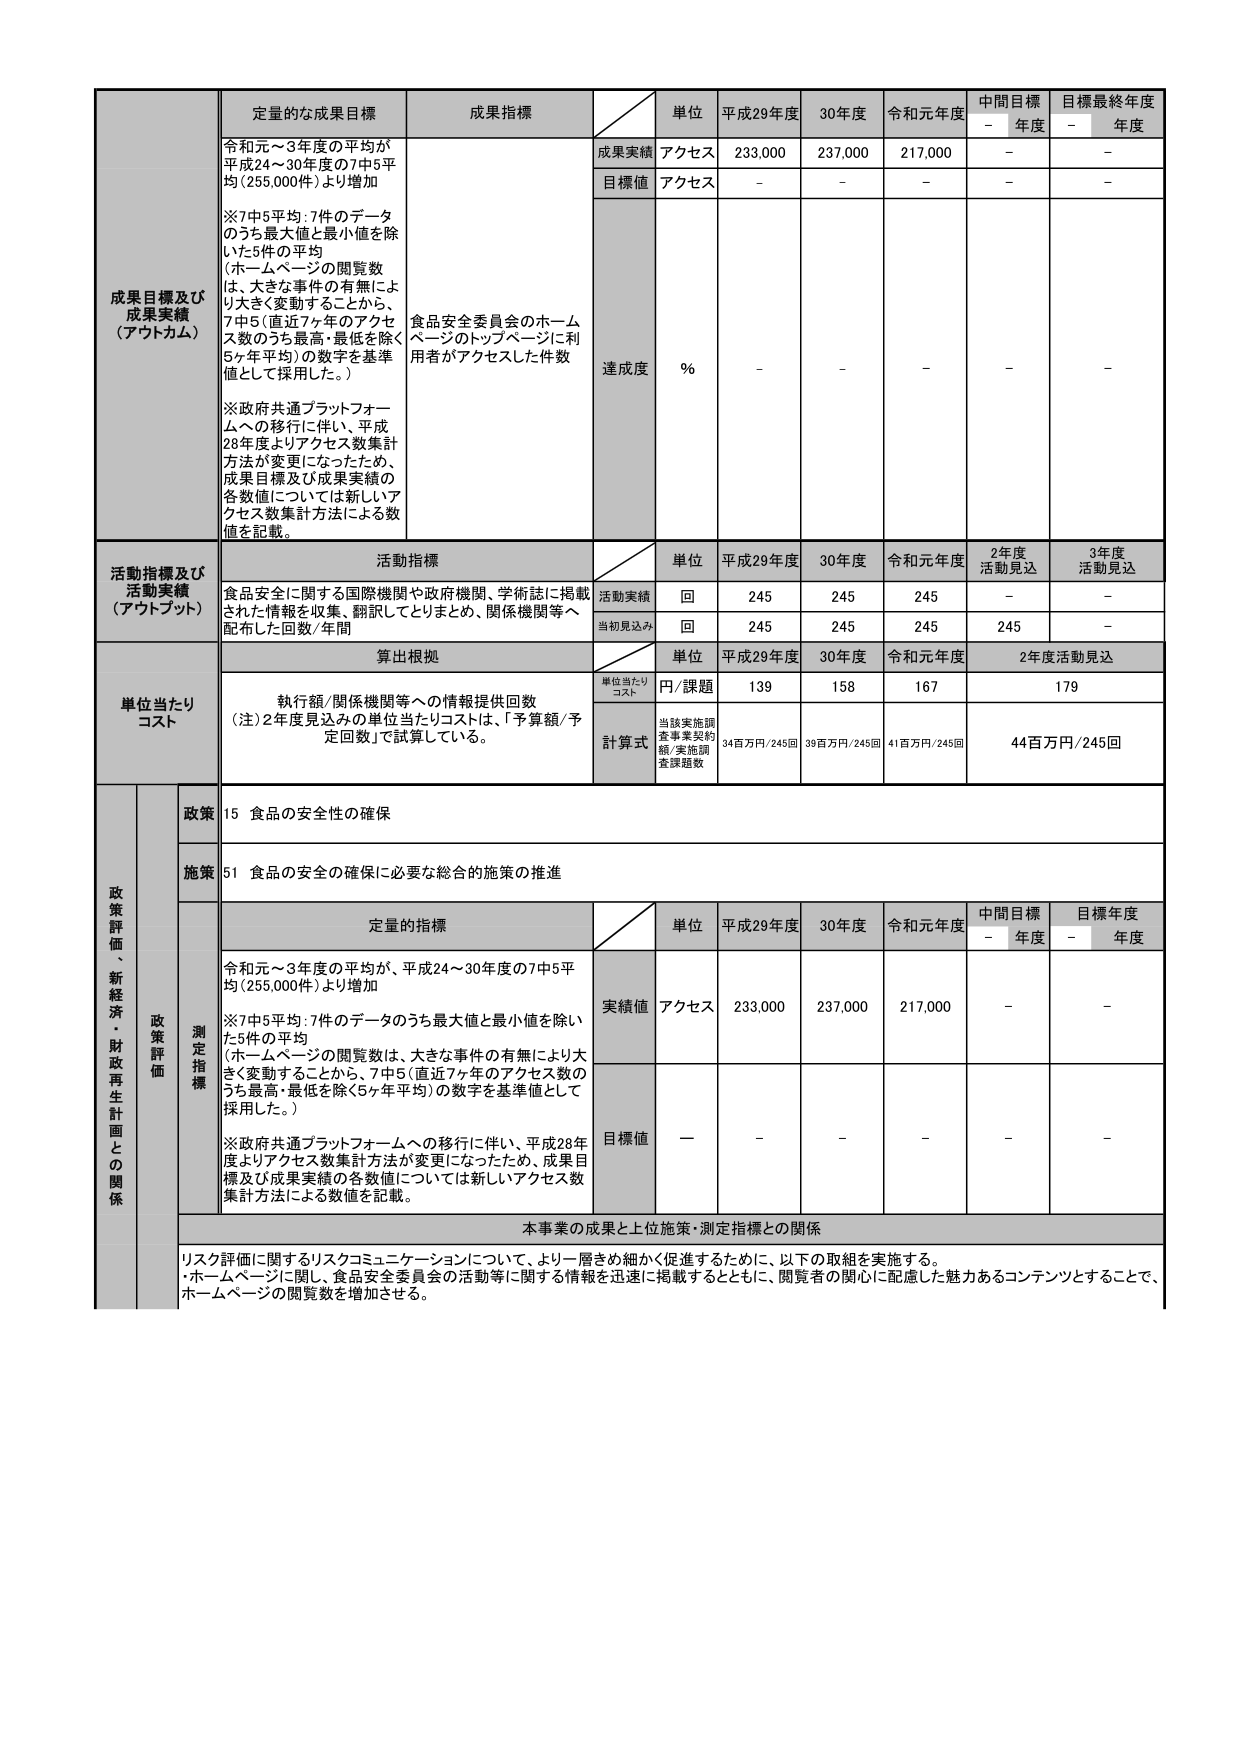
成果目標及び成果実績（アウトカム）
定量的な成果目標
成果指標
単位
平成29年度
30年度
令和元年度
中間目標年度
目標最終年度年度

令和元～3年度の平均が平成24～30年度の7中5平均（255,000件）より増加
※7中5平均：7件のデータのうち最大値と最小値を除いた5件の平均（ホームページの閲覧数は、大きな事件の有無により大きく変動することから、7中5（直近7ヶ年のアクセス数のうち最高・最低を除く5ヶ年平均）の数字を基準値として採用した。）
※政府共通プラットフォームへの移行に伴い、平成28年度よりアクセス数集計方法が変更になったため、成果目標及び成果実績の各数値については新しいアクセス数集計方法による数値を記載。

食品安全委員会のホームページのトップページに利用者がアクセスした件数

成果実績
アクセス
233,000
237,000
217,000
－
－

目標値
アクセス
－
－
－
－
－

達成度
%
－
－
－
－
－

活動指標及び活動実績（アウトプット）
活動指標
単位
平成29年度
30年度
令和元年度
2年度活動見込
3年度活動見込

食品安全に関する国際機関や政府機関、学術誌に掲載された情報を収集、翻訳してとりまとめ、関係機関等へ配布した回数/年間

活動実績
回
245
245
245
－
－

当初見込み
回
245
245
245
245
－

単位当たりコスト
算出根拠
単位当たりコスト
円/課題
139
158
167
179

計算式
当該実施調査事業契約額/実施調査課題数
34百万円/245回
39百万円/245回
41百万円/245回
44百万円/245回

政策評価、新経済・財政再生計画との関係
政策
15 食品の安全性の確保

施策
51 食品の安全の確保に必要な総合的施策の推進

測定指標
定量的指標
単位
平成29年度
30年度
令和元年度
中間目標年度
目標年度年度

令和元～3年度の平均が、平成24～30年度の7中5平均（255,000件）より増加
※7中5平均：7件のデータのうち最大値と最小値を除いた5件の平均（ホームページの閲覧数は、大きな事件の有無により大きく変動することから、7中5（直近7ヶ年のアクセス数のうち最高・最低を除く5ヶ年平均）の数字を基準値として採用した。）
※政府共通プラットフォームへの移行に伴い、平成28年度よりアクセス数集計方法が変更になったため、成果目標及び成果実績の各数値については新しいアクセス数集計方法による数値を記載。

実績値
アクセス
233,000
237,000
217,000
－
－

目標値
－
－
－
－
－

本事業の成果と上位施策・測定指標との関係
リスク評価に関するリスクコミュニケーションについて、より一層きめ細かく促進するために、以下の取組を実施する。
・ホームページに関し、食品安全委員会の活動等に関する情報を迅速に掲載するとともに、閲覧者の関心に配慮した魅力あるコンテンツとすることで、ホームページの閲覧数を増加させる。